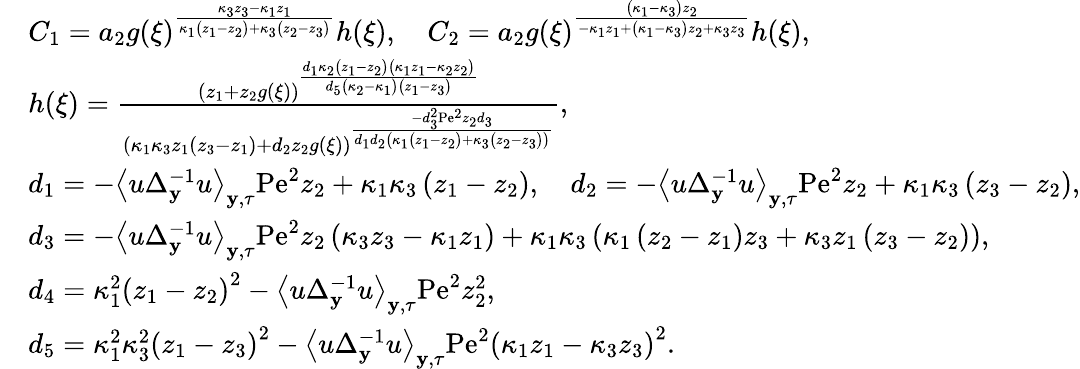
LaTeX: \begin{array}{rl}&{C_{1}=a_{2}g(\xi)^{\frac{\kappa_{3}z_{3}-\kappa_{1}z_{1}}{\kappa_{1}\left(z_{1}-z_{2}\right)+\kappa_{3}\left(z_{2}-z_{3}\right)}}h(\xi),\quad C_{2}=a_{2}g(\xi)^{\frac{\left(\kappa_{1}-\kappa_{3}\right)z_{2}}{-\kappa_{1}z_{1}+\left(\kappa_{1}-\kappa_{3}\right)z_{2}+\kappa_{3}z_{3}}}h(\xi),}\\ &{h(\xi)=\frac{\left(z_{1}+z_{2}g(\xi)\right)^{\frac{d_{1}\kappa_{2}\left(z_{1}-z_{2}\right)\left(\kappa_{1}z_{1}-\kappa_{2}z_{2}\right)}{d_{5}\left(\kappa_{2}-\kappa_{1}\right)\left(z_{1}-z_{3}\right)}}}{\left(\kappa_{1}\kappa_{3}z_{1}\left(z_{3}-z_{1}\right)+d_{2}z_{2}g(\xi)\right)^{\frac{-d_{3}^{2}\mathrm{Pe}^{2}z_{2}d_{3}}{d_{1}d_{2}\left(\kappa_{1}\left(z_{1}-z_{2}\right)+\kappa_{3}\left(z_{2}-z_{3}\right)\right)}}},}\\ &{d_{1}=-\left\langle u\Delta_{\mathbf{y}}^{-1}u\right\rangle_{\mathbf{y},\tau}\mathrm{Pe}^{2}z_{2}+\kappa_{1}\kappa_{3}\left(z_{1}-z_{2}\right),\quad d_{2}=-\left\langle u\Delta_{\mathbf{y}}^{-1}u\right\rangle_{\mathbf{y},\tau}\mathrm{Pe}^{2}z_{2}+\kappa_{1}\kappa_{3}\left(z_{3}-z_{2}\right),}\\ &{d_{3}=-\left\langle u\Delta_{\mathbf{y}}^{-1}u\right\rangle_{\mathbf{y},\tau}\mathrm{Pe}^{2}z_{2}\left(\kappa_{3}z_{3}-\kappa_{1}z_{1}\right)+\kappa_{1}\kappa_{3}\left(\kappa_{1}\left(z_{2}-z_{1}\right)z_{3}+\kappa_{3}z_{1}\left(z_{3}-z_{2}\right)\right),}\\ &{d_{4}=\kappa_{1}^{2}\left(z_{1}-z_{2}\right)^{2}-\left\langle u\Delta_{\mathbf{y}}^{-1}u\right\rangle_{\mathbf{y},\tau}\mathrm{Pe}^{2}z_{2}^{2},}\\ &{d_{5}=\kappa_{1}^{2}\kappa_{3}^{2}\left(z_{1}-z_{3}\right)^{2}-\left\langle u\Delta_{\mathbf{y}}^{-1}u\right\rangle_{\mathbf{y},\tau}\mathrm{Pe}^{2}\left(\kappa_{1}z_{1}-\kappa_{3}z_{3}\right)^{2}.}\end{array}